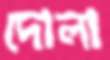
দোলা